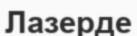
Лазерде